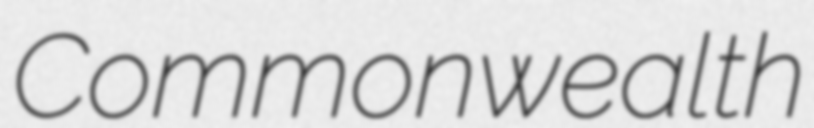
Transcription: Commonwealth